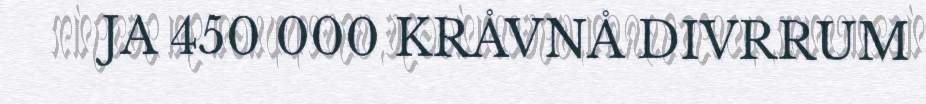
JA 450 000 KRÅVNÅ DIVRRUM